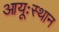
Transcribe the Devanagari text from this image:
आयूःस्थान